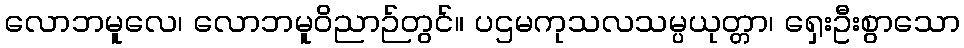
လောဘမူလေ၊ လောဘမူဝိညာဉ်တွင်။ ပဌမကုသလသမ္ပယုတ္တာ၊ ရှေးဦးစွာသော